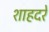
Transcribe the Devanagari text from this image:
शाहदरे